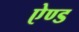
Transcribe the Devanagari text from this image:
एेण्ड